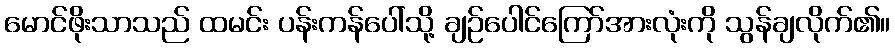
မောင်ဖိုးသာသည် ထမင်း ပန်းကန်ပေါ်သို့ ချဉ်ပေါင်ကြော်အားလုံးကို သွန်ချလိုက်၏။